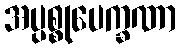
အပ္ပစ္စုပေက္ခဏာ